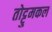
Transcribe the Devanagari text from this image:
तोट्टुमकल